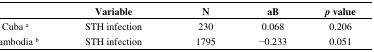
|  | Variable | N | aB | p value |
 | --- | --- | --- | --- | --- |
 | Cuba a | STH infection | 230 | 0.068 | 0.206 |
 | Cambodia b | STH infection | 1795 | −0.233 | 0.051 |